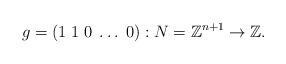
LaTeX: \begin{align*}g= (1\; 1\; 0\; \dots \; 0) : N=\mathbb Z^{n+1} \to \mathbb Z.\end{align*}